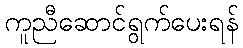
ကူညီဆောင်ရွက်ပေးရန်